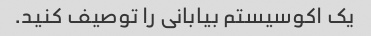
یک اکوسیستم بیابانی را توصیف کنید.